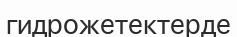
гидрожетектерде